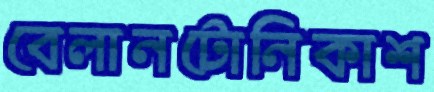
বেলানটোনিকাশ